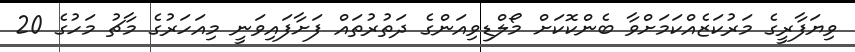
ވިޔަފާރީގެ މަރުކަޒެއްކަމަށްވާ ބެންކޮކަށް މޯލްޑިވިއަންގެ ދަތުރުތައް ފަށާފައިވަނީ މިއަހަރުގެ މާޗު މަހުގެ 20